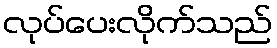
လုပ်ပေးလိုက်သည်